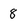
Character: 8